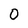
Character: 0